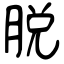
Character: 脱